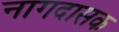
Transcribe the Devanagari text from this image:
नागदासक